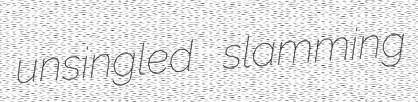
unsingled slamming